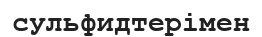
сульфидтерімен